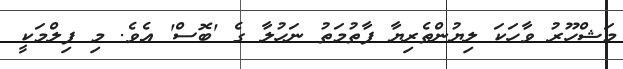
މަޝްހޫރު ވާހަކަ ލިޔުންތެރިޔާ ފާތުމަތު ނަހުލާ ގެ 'ބޮސް' އެވެ. މި ފިލްމަކީ